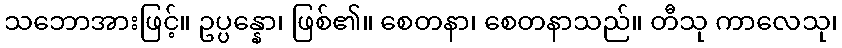
သဘောအားဖြင့်။ ဥပ္ပန္နော၊ ဖြစ်၏။ စေတနာ၊ စေတနာသည်။ တီသု ကာလေသု၊